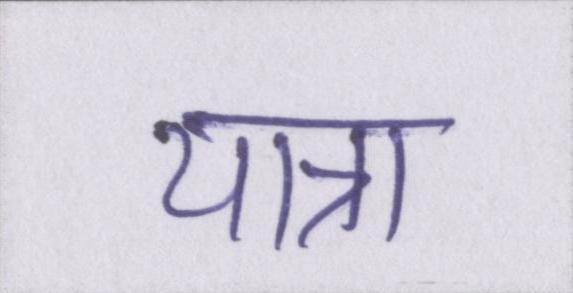
यात्रा